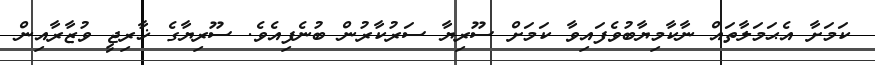
ކަމަށާ އެޙަމަލާތައް ނާކާމިޔާބުވެފައިވާ ކަމަށް ސޫރިޔާ ސަރުކާރުން ބުނެފިއެވެ. ސޫރިޔާގެ ޚާރިޖީ ވުޒާރާއިން